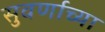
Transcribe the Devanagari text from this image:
सुवर्णाच्या